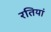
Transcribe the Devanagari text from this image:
रतियां